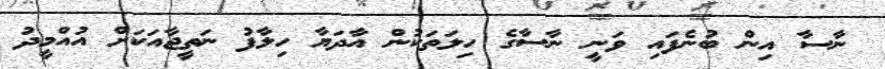
ނާސާ އިން ބުނެފައި ވަނީ ނާސާގެ ހިލަތަކުން އާދަޔާ ހިލާފު ނަތީޖާއަކަށް އުއްމީދު